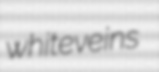
whiteveins